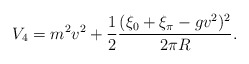
\begin{align*}V_4 = m^2v^2 + {1 \over 2} {(\xi_0 +\xi_\pi - gv^2)^2 \over 2\pi R}.\end{align*}